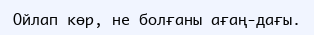
Ойлап көр, не болғаны ағаң-дағы.